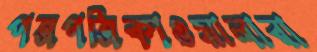
পত্রপত্রিকাওয়ালারা